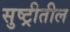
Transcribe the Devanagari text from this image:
सुष्ट्रीतील